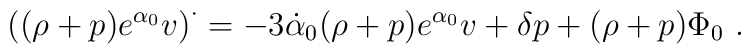
\left( (\rho+p) e^{\alpha_0} v\right)^{\cdot}= -3 \dot{\alpha}_0 (\rho+p) e^{\alpha_0} v + \delta p +(\rho+p) \Phi_0   \ .